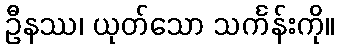
ဦနဿ၊ ယုတ်သော သင်္ကန်းကို။